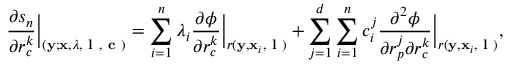
\ensuremath { \frac { \partial s _ { n } } { \partial r _ { c } ^ { k } } } \Bigr | _ { ( \ensuremath { \mathbf { y } } ; \ensuremath { \mathbf { x } } , \boldsymbol { \lambda } , \textbf { l } , \textbf { c } ) } = \sum _ { i = 1 } ^ { n } \lambda _ { i } \ensuremath { \frac { \partial \phi } { \partial r _ { c } ^ { k } } } \Bigr | _ { r ( \ensuremath { \mathbf { y } } , \ensuremath { \mathbf { x } } _ { i } , \textbf { l } ) } + \sum _ { j = 1 } ^ { d } \sum _ { i = 1 } ^ { n } c _ { i } ^ { j } \frac { \partial ^ { 2 } \phi } { \partial r _ { p } ^ { j } \partial r _ { c } ^ { k } } \Bigr | _ { r ( \ensuremath { \mathbf { y } } , \ensuremath { \mathbf { x } } _ { i } , \textbf { l } ) } ,